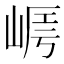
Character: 𡹻